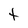
Character: t